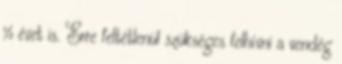
½ évet is. Erre feltétlenül szükséges felhívni a vendég